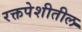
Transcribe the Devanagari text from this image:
रक्तपेशीतील